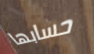
حسابها